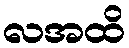
လအထိ